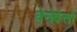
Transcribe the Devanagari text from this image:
वेनेवेत्तो